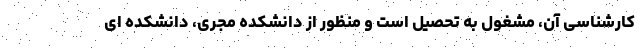
کارشناسی آن، مشغول به تحصیل است و منظور از دانشکده مجری، دانشکده ای